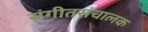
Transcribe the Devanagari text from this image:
संगीतसंचालक